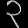
Digit: ၃